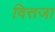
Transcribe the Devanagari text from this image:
वित्तजा